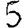
Digit: 5